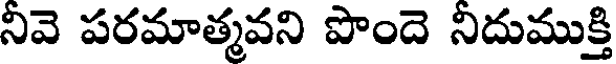
నివె పరమాత్మవని పొందె నిదుముక్తి